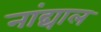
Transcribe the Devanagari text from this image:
नांद्याल